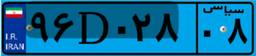
۶۴D۲۲۲۹۷